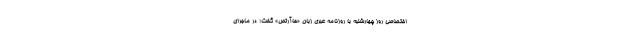
اختصاصی روز چهارشنبه با روزنامه عبری زبان «هاآرتص» گفت: در ماجرای